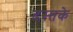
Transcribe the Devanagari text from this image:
दस्तके